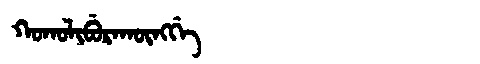
Manchu: ᡴᠣᡴᠣᠯᡳᠪᡠᡵᠠᡴᡡᠩᡤᡝ
Romanization: KOKOLIBURAKŪNGGE